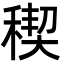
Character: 稧